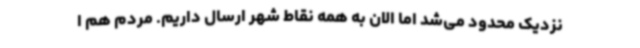
نزدیک محدود می‌شد اما الان به همه نقاط شهر ارسال داریم. مردم هم ا